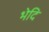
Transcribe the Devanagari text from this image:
भेदि